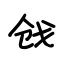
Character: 戗